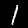
Digit: 1